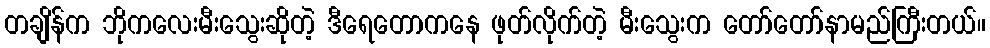
တချိန်က ဘိုကလေးမီးသွေးဆိုတဲ့ ဒီရေတောကနေ ဖုတ်လိုက်တဲ့ မီးသွေးက တော်တော်နာမည်ကြီးတယ်။